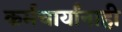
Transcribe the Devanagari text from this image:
कर्मचार्यांनाही